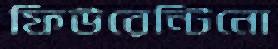
ফিউরেন্টিনো